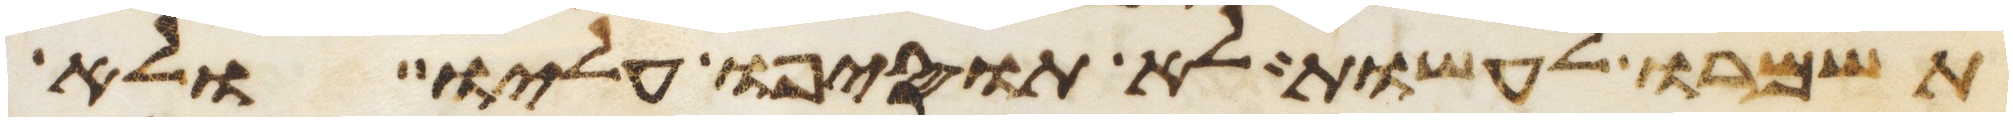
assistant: תשמרו לעשות לא תוסיפו עליו ולא